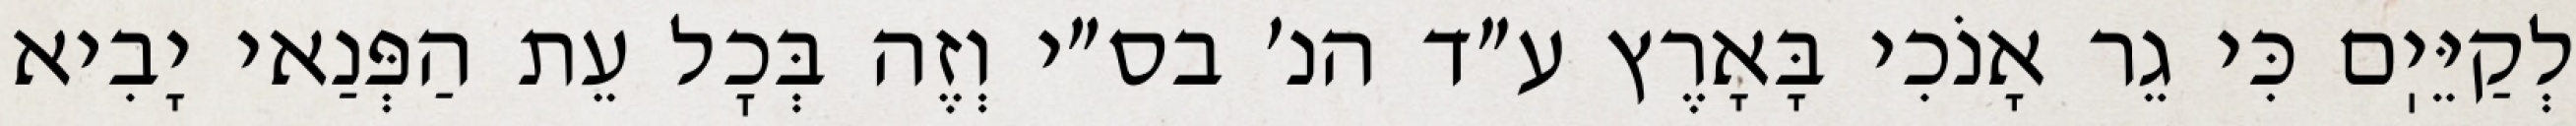
לְקַיֵּיֽם כִּי גֵר אָנֹכִי בָּאָרֶץ ע״ד הנ׳ בס״י וְזֶה בְּכׇל עֵת הַפְּנַאי יָבִיא